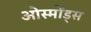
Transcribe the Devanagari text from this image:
ओस्मोंड्स